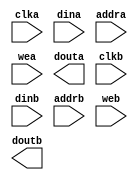
module unified_memory(
	clka,
	dina,
	addra,
	wea,
	douta,
	clkb,
	dinb,
	addrb,
	web,
	doutb);


input clka;
input [63 : 0] dina;
input [9 : 0] addra;
input [0 : 0] wea;
output [63 : 0] douta;
input clkb;
input [63 : 0] dinb;
input [9 : 0] addrb;
input [0 : 0] web;
output [63 : 0] doutb;

// synthesis translate_off

      BLK_MEM_GEN_V2_7 #(
		.C_ADDRA_WIDTH(10),
		.C_ADDRB_WIDTH(10),
		.C_ALGORITHM(1),
		.C_BYTE_SIZE(9),
		.C_COMMON_CLK(0),
		.C_DEFAULT_DATA("0"),
		.C_DISABLE_WARN_BHV_COLL(0),
		.C_DISABLE_WARN_BHV_RANGE(0),
		.C_FAMILY("virtex2p"),
		.C_HAS_ENA(0),
		.C_HAS_ENB(0),
		.C_HAS_MEM_OUTPUT_REGS_A(0),
		.C_HAS_MEM_OUTPUT_REGS_B(0),
		.C_HAS_MUX_OUTPUT_REGS_A(0),
		.C_HAS_MUX_OUTPUT_REGS_B(0),
		.C_HAS_REGCEA(0),
		.C_HAS_REGCEB(0),
		.C_HAS_SSRA(0),
		.C_HAS_SSRB(0),
		.C_INIT_FILE_NAME("unified_memory.mif"),
		.C_LOAD_INIT_FILE(0),
		.C_MEM_TYPE(2),
		.C_MUX_PIPELINE_STAGES(0),
		.C_PRIM_TYPE(1),
		.C_READ_DEPTH_A(1024),
		.C_READ_DEPTH_B(1024),
		.C_READ_WIDTH_A(64),
		.C_READ_WIDTH_B(64),
		.C_SIM_COLLISION_CHECK("ALL"),
		.C_SINITA_VAL("0"),
		.C_SINITB_VAL("0"),
		.C_USE_BYTE_WEA(0),
		.C_USE_BYTE_WEB(0),
		.C_USE_DEFAULT_DATA(0),
		.C_USE_ECC(0),
		.C_USE_RAMB16BWER_RST_BHV(0),
		.C_WEA_WIDTH(1),
		.C_WEB_WIDTH(1),
		.C_WRITE_DEPTH_A(1024),
		.C_WRITE_DEPTH_B(1024),
		.C_WRITE_MODE_A("READ_FIRST"),
		.C_WRITE_MODE_B("READ_FIRST"),
		.C_WRITE_WIDTH_A(64),
		.C_WRITE_WIDTH_B(64),
		.C_XDEVICEFAMILY("virtex2p"))
	inst (
		.CLKA(clka),
		.DINA(dina),
		.ADDRA(addra),
		.WEA(wea),
		.DOUTA(douta),
		.CLKB(clkb),
		.DINB(dinb),
		.ADDRB(addrb),
		.WEB(web),
		.DOUTB(doutb),
		.ENA(),
		.REGCEA(),
		.SSRA(),
		.ENB(),
		.REGCEB(),
		.SSRB(),
		.DBITERR(),
		.SBITERR());


// synthesis translate_on

// XST black box declaration
// box_type "black_box"
// synthesis attribute box_type of unified_memory is "black_box"

endmodule